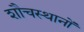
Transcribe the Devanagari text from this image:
शौचस्थानों